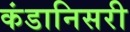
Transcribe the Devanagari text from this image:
कंडानिसरी